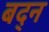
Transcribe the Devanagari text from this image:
बद्न